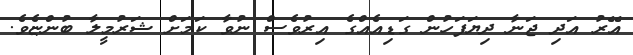
އޭރު އަދި ޖަނާ ދިޔަފަހުން ގަޑިއެއްގެ އިރުވެސް ނުވާ ކަމަށް ޝަރުމީލާ ބުންޏެވެ.